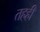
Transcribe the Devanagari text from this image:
तहही